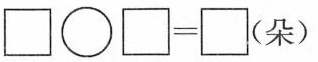
$$\Box \circ \Box = \Box$$(朵)